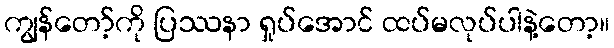
ကျွန်တော့်ကို ပြဿနာ ရှုပ်အောင် ထပ်မလုပ်ပါနဲ့တော့။